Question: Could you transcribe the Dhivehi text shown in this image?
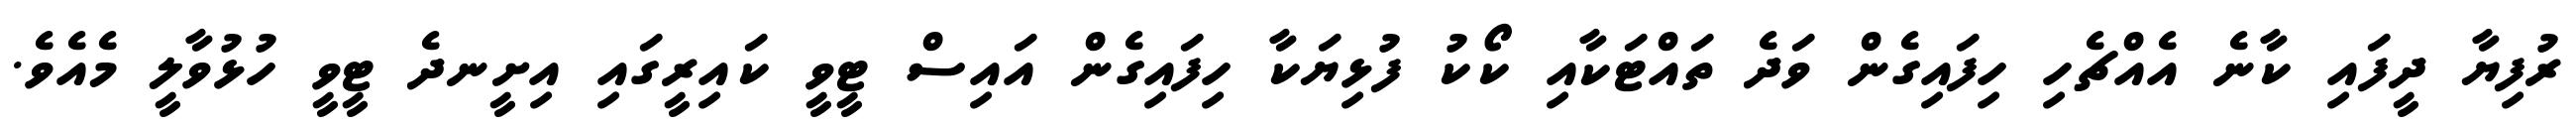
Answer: ރުފިޔާ ދީފައި ކާނެ އެއްޗެހި ހިފައިގެން ވަދެ ތައްޓަކާއި ކޯކު ފުޅިޔަކާ ހިފައިގެން އައިސް ޓީވީ ކައިރީގައި އިށީނދެ ޓީވީ ހުޅުވާލީ މެއެވެ.